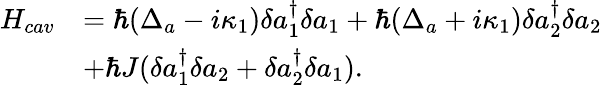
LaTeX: \begin{array}{rl}{H_{cav}}&{=\hbar(\Delta_{a}-i\kappa_{1})\delta a_{1}^{\dagger}\delta a_{1}+\hbar(\Delta_{a}+i\kappa_{1})\delta a_{2}^{\dagger}\delta a_{2}}\\ &{+\hbar J(\delta a_{1}^{\dagger}\delta a_{2}+\delta a_{2}^{\dagger}\delta a_{1}).}\end{array}